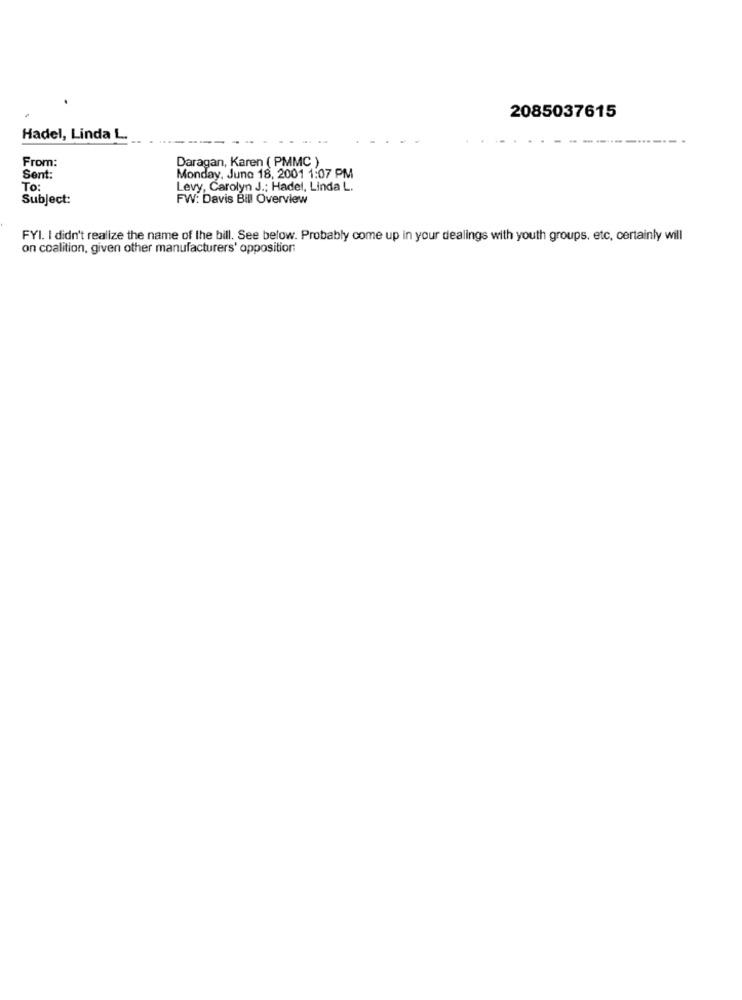
2085037615
Hadel, Linda L.
From:
Daragan, Karen ( PMMC )
Monday, June 18, 2001 1:07 PM
Sent:
To:
Levy, Carolyn J .: Hadel, Linda L.
Subject:
FW: Davis Bill Overview
FYI. I didn't realize the name of the bill. See below. Probably come up in your dealings with youth groups, etc, certainly will
on coalition, given other manufacturers' opposition